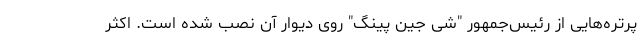
پرتره‌هایی از رئیس‌جمهور "شی جین پینگ" روی دیوار آن نصب شده است. اکثر